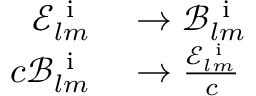
\begin{array} { r l } { \mathcal { E } _ { l m } ^ { \mathrm { ~ i ~ } } } & { { } \rightarrow \mathcal { B } _ { l m } ^ { \mathrm { ~ i ~ } } } \\ { c \mathcal { B } _ { l m } ^ { \mathrm { ~ i ~ } } } & { { } \rightarrow \frac { \mathcal { E } _ { l m } ^ { \mathrm { ~ i ~ } } } { c } } \end{array}